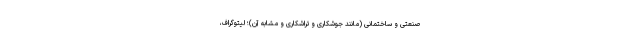
صنعتی و ساختمانی (مانند جوشکاری و تراشکاری و مشابه آن)؛ لیتوگراف،